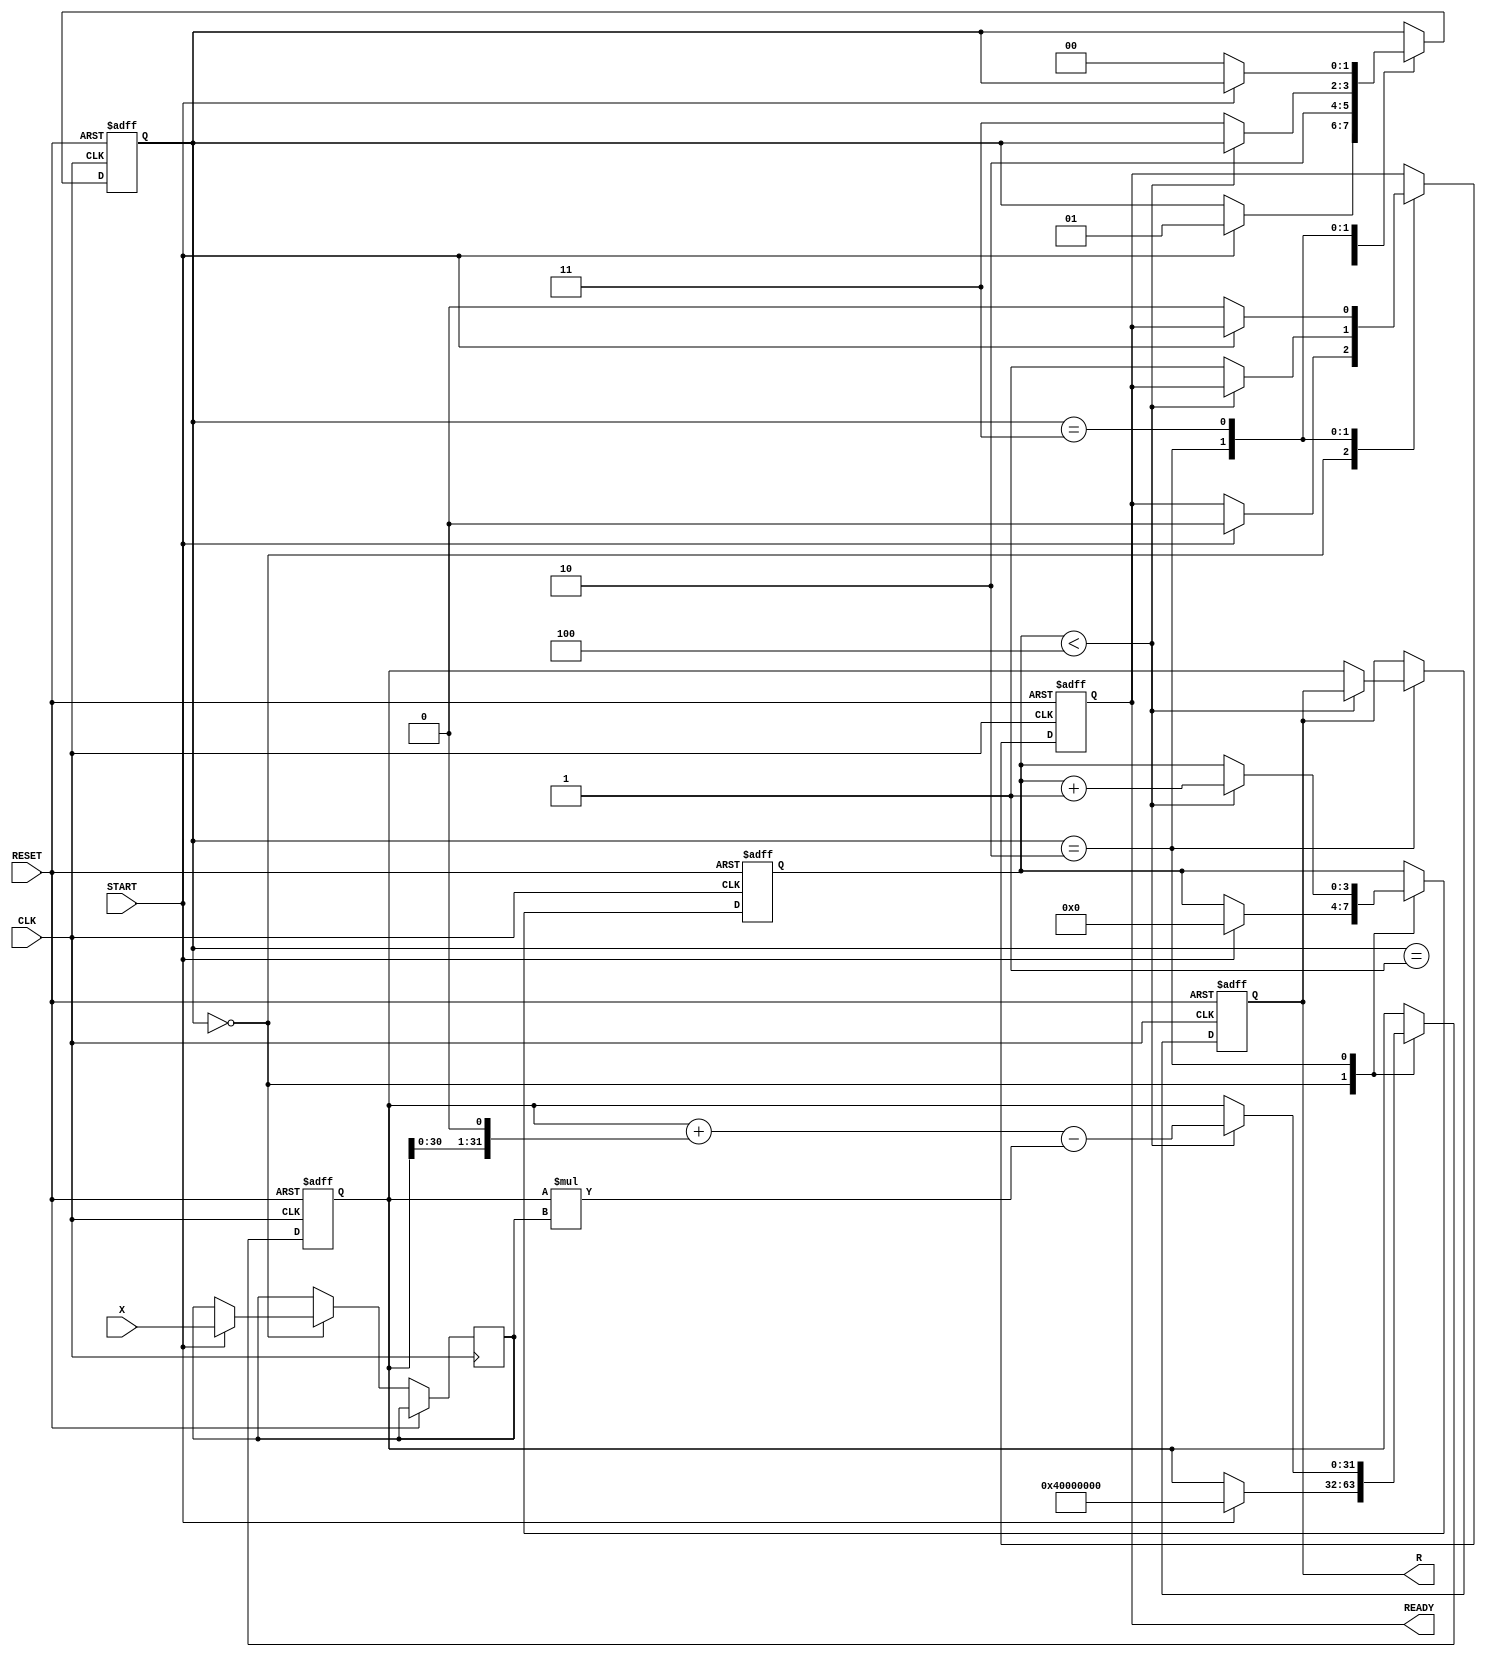
module NewtonRaphsonReciprocal (
    input wire [31:0] X,      // Input data (fixed-point)
    input wire START,         // Start signal
    input wire CLK,           // Clock signal
    input wire RESET,         // Asynchronous reset
    output reg [31:0] R,      // Reciprocal result (fixed-point)
    output reg READY          // Ready signal
);

    // Internal registers
    reg [31:0] X_reg;         // Register to hold input value
    reg [31:0] R_reg;         // Register to hold current approximation of reciprocal
    reg [3:0] iteration_count; // Iteration counter
    reg [1:0] state;          // State machine
    parameter IDLE = 2'b00, INIT = 2'b01, ITERATE = 2'b10, DONE = 2'b11;
    parameter MAX_ITERATIONS = 4; // Maximum number of iterations

    // Multiplier and Adder/Subtractor
    wire [63:0] product;      // Product of R_reg and X_reg
    wire [31:0] temp;         // Temporary variable for updates

    assign product = R_reg * X_reg; // R_reg * X_reg
    assign temp = R_reg + (R_reg << 1) - product[31:0]; // R_new = R_old * (2 - X * R_old)

    // State machine and control logic
    always @(posedge CLK or posedge RESET) begin
        if (RESET) begin
            R <= 32'b0;
            READY <= 1'b0;
            state <= IDLE;
            iteration_count <= 4'b0;
            R_reg <= 32'h40000000; // Initial guess: 1.0 in fixed-point (1.0 = 2^30)
        end else begin
            case (state)
                IDLE: begin
                    if (START) begin
                        X_reg <= X; // Load input value
                        R_reg <= 32'h40000000; // Initial guess
                        iteration_count <= 4'b0; // Reset iteration count
                        state <= INIT;
                        READY <= 1'b0;
                    end
                end
                INIT: begin
                    state <= ITERATE; // Move to iteration state
                end
                ITERATE: begin
                    if (iteration_count < MAX_ITERATIONS) begin
                        R_reg <= temp; // Update R_reg
                        iteration_count <= iteration_count + 1; // Increment iteration count
                    end else begin
                        R <= R_reg; // Final result
                        READY <= 1'b1; // Signal that the result is ready
                        state <= DONE; // Move to done state
                    end
                end
                DONE: begin
                    if (!START) begin
                        state <= IDLE; // Go back to IDLE if START is not asserted
                        READY <= 1'b0; // Reset READY signal
                    end
                end
            endcase
        end
    end

endmodule